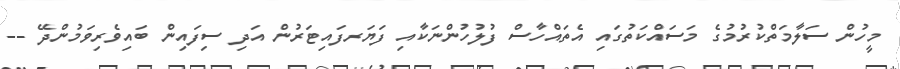
މީހުން ސަލާމަތްކުރުމުގެ މަސައްކަތުގައި އެތައްހާސް ފުލުހުންނަކާއި ފަޔަރފައިޓަރުން އަދި ސިފައިން ބައިވެރިވަމުންދޭ --